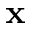
\mathbf { x }